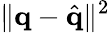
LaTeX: \| \mathbf{q}-\hat{\mathbf{q}}\| ^{2}